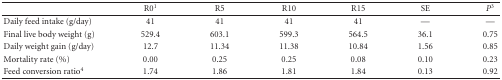
|  | R01 | R5 | R10 | R15 | SE | P3 |
 | --- | --- | --- | --- | --- | --- | --- |
 | Daily feed intake (g/day) | 41 | 41 | 41 | 41 | — | — |
 | Final live body weight (g) | 529.4 | 603.1 | 599.3 | 564.5 | 36.1 | 0.75 |
 | Daily weight gain (g/day) | 12.7 | 11.34 | 11.38 | 10.84 | 1.56 | 0.85 |
 | Mortality rate (%) | 0.00 | 0.25 | 0.25 | 0.08 | 0.10 | 0.23 |
 | Feed conversion ratio4 | 1.74 | 1.86 | 1.81 | 1.84 | 0.13 | 0.92 |